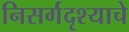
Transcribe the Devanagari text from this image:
निसर्गदृश्याचे